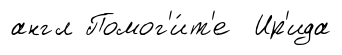
англ Помог'и́т'е Ир'ида